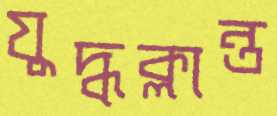
যুদ্ধক্লান্ত